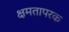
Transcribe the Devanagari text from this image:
क्षमतापरक